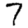
Digit: 7